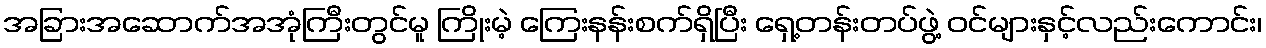
အခြားအဆောက်အအုံကြီးတွင်မူ ကြိုးမဲ့ ကြေးနန်းစက်ရှိပြီး ရှေ့တန်းတပ်ဖွဲ့ ဝင်များနှင့်လည်းကောင်း၊